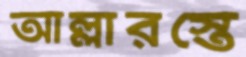
আল্লারস্তে